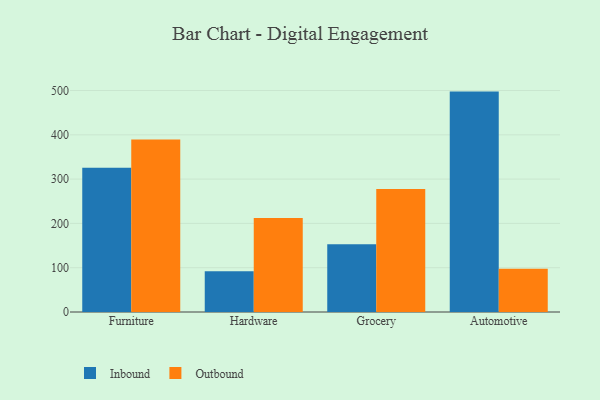
{"axis": {"x": "Category", "y": "Energy Usage (MWh)"}, "legend": ["Inbound", "Outbound"], "data": [{"x": "Furniture", "y": 325.8, "type": "Inbound"}, {"x": "Furniture", "y": 389.2, "type": "Outbound"}, {"x": "Hardware", "y": 92.0, "type": "Inbound"}, {"x": "Hardware", "y": 212.0, "type": "Outbound"}, {"x": "Grocery", "y": 152.8, "type": "Inbound"}, {"x": "Grocery", "y": 277.8, "type": "Outbound"}, {"x": "Automotive", "y": 497.6, "type": "Inbound"}, {"x": "Automotive", "y": 97.4, "type": "Outbound"}]}